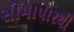
સીમાપારથી